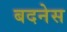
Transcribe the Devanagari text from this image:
बदनेस